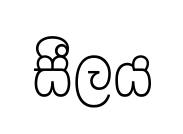
සීලය